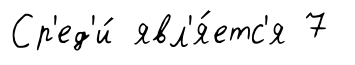
Ср'ед'и́ явл'я́етс'я 7